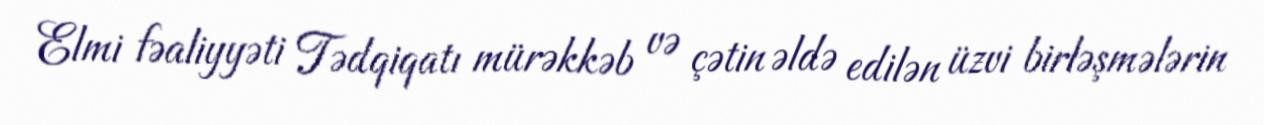
Elmi fəaliyyəti Tədqiqatı mürəkkəb və çətin əldə edilən üzvi birləşmələrin